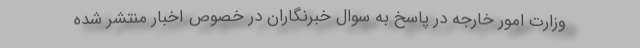
وزارت امور خارجه در پاسخ به سوال خبرنگاران در خصوص اخبار منتشر شده